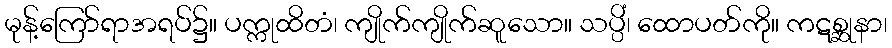
မုန့်ကြော်ရာအရပ်၌။ ပက္ကုထိတံ၊ ကျိုက်ကျိုက်ဆူသော။ သပ္ပိံ၊ ထောပတ်ကို။ ကဋစ္ဆုနာ၊